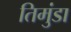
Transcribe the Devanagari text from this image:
तिमुंडा